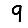
Digit: 9